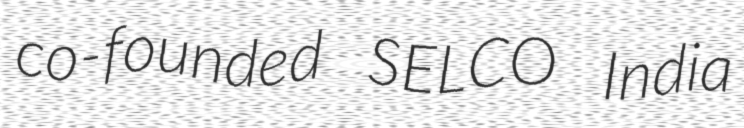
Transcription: co-founded SELCO India